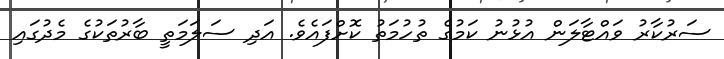
ސަރުކާރު ވައްޓާލަން އުޅުނު ކަމުގެ ތުހުމަތު ކޮށްފައެވެ. އަދި ސަލަމަތީ ބާރުތަކުގެ މެދުގައި